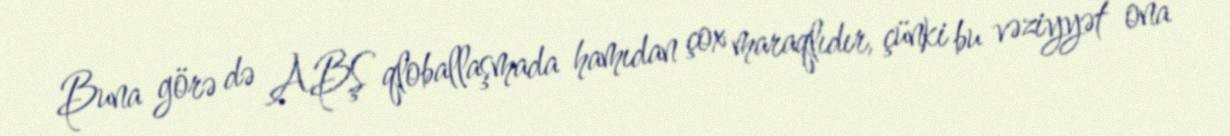
Buna görə də ABŞ qloballaşmada hamıdan çox maraqlıdır, çünki bu vəziyyət ona